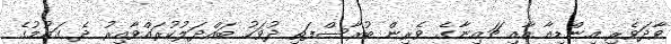
ވާދަވެރި އިންޑިއާ އާއި ޗައިނާގެ ވެރިން ބުރާސްފަތި ދުވަހު ބައްދަލުކުރައްވާއިރު ދެ ގައުމުގެ